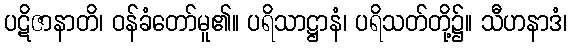
ပဋိဇာနာတိ၊ ဝန်ခံတော်မူ၏။ ပရိသာဋ္ဌာနံ၊ ပရိသတ်တို့၌။ သီဟနာဒံ၊